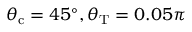
\theta _ { \mathrm { c } } = 4 5 ^ { \circ } , \theta _ { \mathrm { T } } = 0 . 0 5 \pi